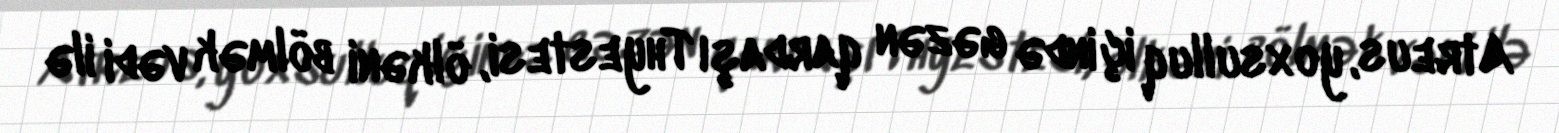
Atreus, yoxsulluq içində gəzən qardaşı Thyestesi, ölkəni bölmək vədi ilə